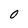
Character: O